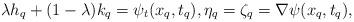
LaTeX: \begin{align*}\lambda h_q+ (1-\lambda) k_q=\psi_t(x_q, t_q), \eta_q=\zeta_q=\nabla \psi(x_q, t_q),\end{align*}